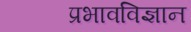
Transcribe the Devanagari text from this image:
प्रभावविज्ञान